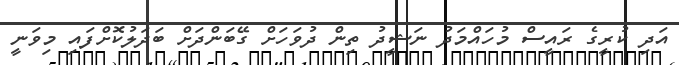
އަދި ކުރީގެ ރައީސް މުހައްމަދު ނަޝީދު ތިން ދުވަހަށް ގޭބަންދަށް ބަދަލުކޮށްފައި މިވަނީ